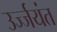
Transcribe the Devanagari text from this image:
उर्ज्जयंत